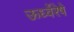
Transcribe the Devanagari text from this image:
ऊर्ध्वेरेषे